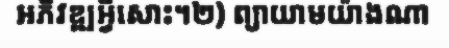
អភិវឌ្ឍអ្វីសោះ។២) ព្យាយាមយ៉ាងណា